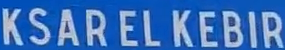
KSAR EL KEBIR